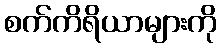
စက်ကိရိယာများကို